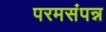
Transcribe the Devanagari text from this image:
परमसंपन्न